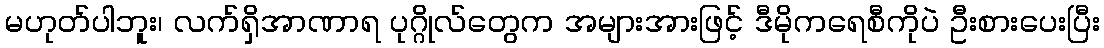
မဟုတ်ပါဘူး၊ လက်ရှိအာဏာရ ပုဂ္ဂိုလ်တွေက အများအားဖြင့် ဒီမိုကရေစီကိုပဲ ဦးစားပေးပြီး